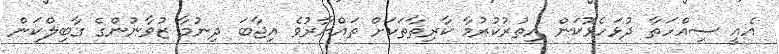
އެއީ ސިއްހަތާ ދުޅަހެޅޮކަން އިތުރުކުރުމާ ކާރިޘާތަކަށް ތައްޔާރުވެ އިޖާބަ ދިނުމާ ޒުވާނުންގެ ގާބިލްކަން